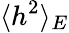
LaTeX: \langle h^{2}\rangle_{E}